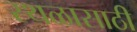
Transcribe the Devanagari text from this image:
स्थळासाठी